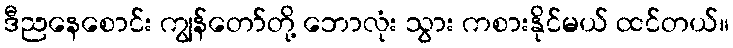
ဒီညနေစောင်း ကျွန်တော်တို့ ဘောလုံး သွား ကစားနိုင်မယ် ထင်တယ်။